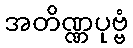
အတိဏ္ဏပုဗ္ဗံ